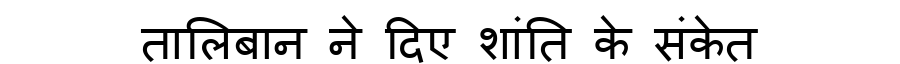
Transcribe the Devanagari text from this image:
तालिबान ने दिए शांति के संकेत